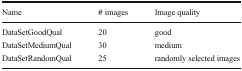
<table><thead><tr><td><b>Name</b></td><td><b># images</b></td><td><b>Image quality</b></td></tr></thead><tbody><tr><td>DataSetGoodQual</td><td>20</td><td>good</td></tr><tr><td>DataSetMediumQual</td><td>30</td><td>medium</td></tr><tr><td>DataSetRandomQual</td><td>25</td><td>randomly selected images</td></tr></tbody></table>